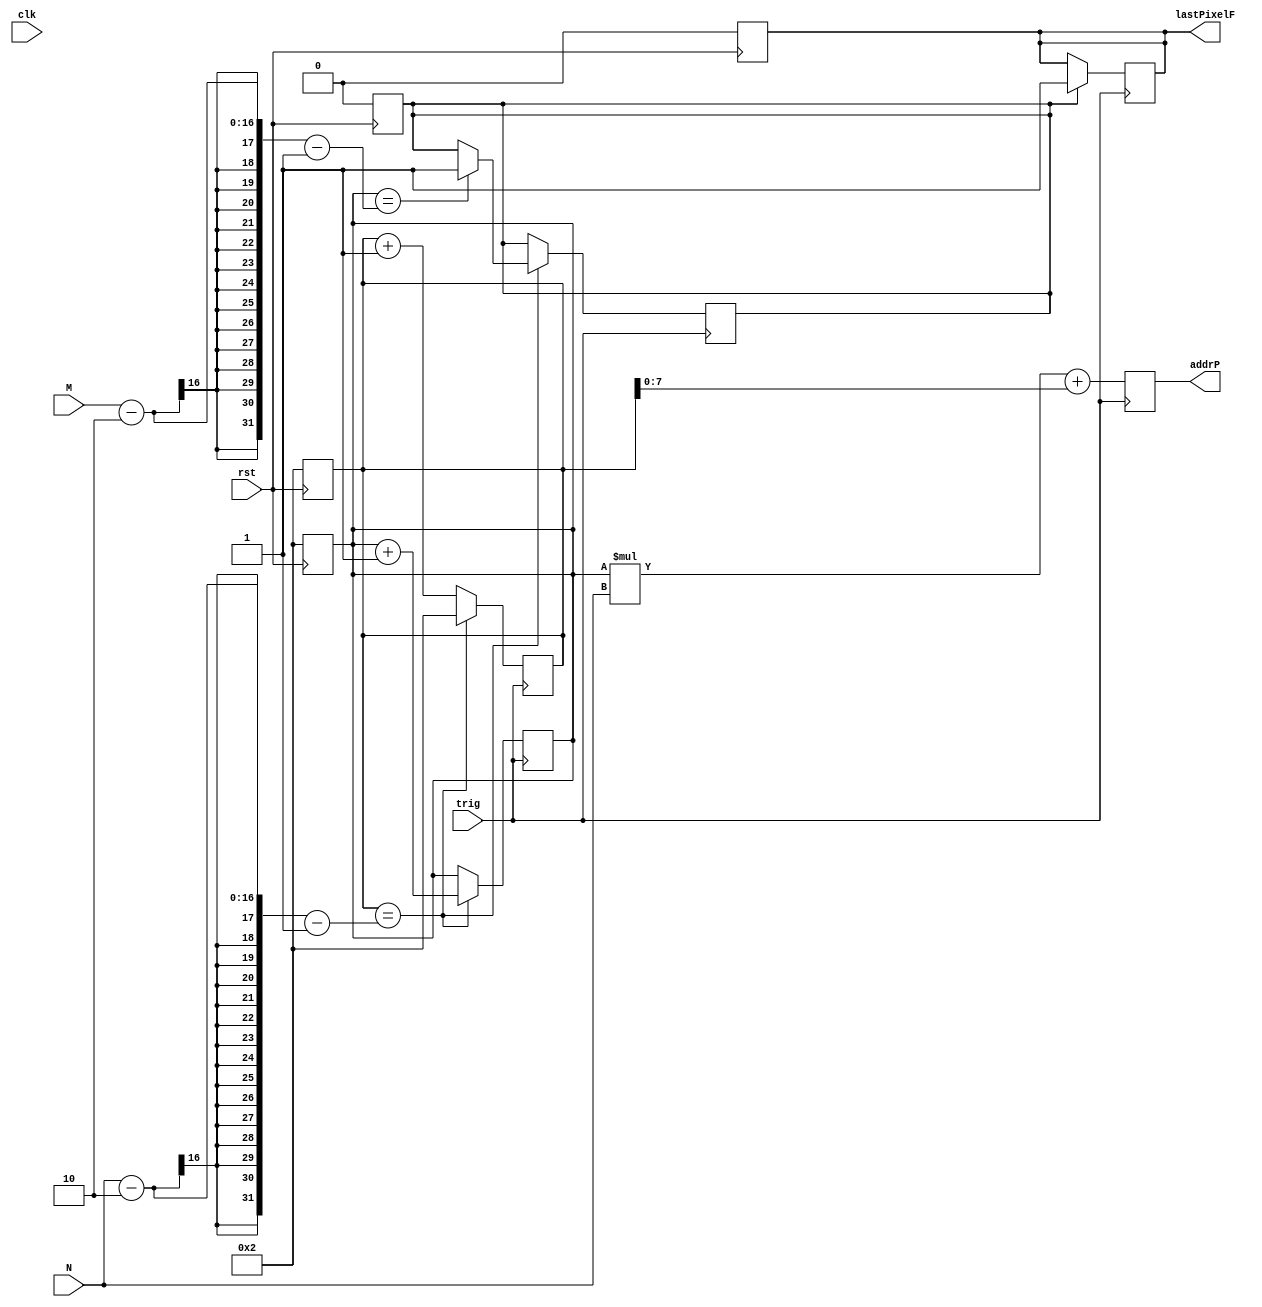
module slider(addrP, lastPixelF, trig, M , N, clk, rst);
	// Parameters
	parameter ADDR_WIDTH = 8, WINDOW_N = 2;

	// Outputs
	output reg [ADDR_WIDTH - 1 : 0] 	addrP;
	output reg					lastPixelF;
	
	// Inputs
	input wire 			trig, clk, rst;
	input wire [15 : 0] 	M, N;
	
	// Registers
	reg [15 : 0]	i, j;
	reg 			lastPixel;
	always @(posedge rst) begin
		i		<= WINDOW_N;
		j		<= WINDOW_N;
		lastPixelF	<= 0;
		lastPixel	<= 0;
	end // always @(posedge rst)

	always @(posedge trig) begin
		#5
		addrP <= i * N + j;
		if(lastPixel)
			lastPixelF = 1;
		j <= j + 1;
		if(j == N - WINDOW_N - 1) begin
			j <= WINDOW_N;
			i <= i + 1;
			if(i == M - WINDOW_N - 1)
				lastPixel <= 1;
		end // f(j == N)
	end // always @(posedge trig)
endmodule